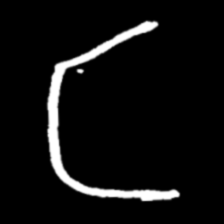
Pyu character \u2014 Myanmar letter: င (romanized: nga)